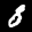
Label: 8